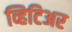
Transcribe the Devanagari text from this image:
व्हिटिअर